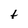
Character: t